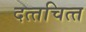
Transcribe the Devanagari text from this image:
दत्‍तचित्‍त